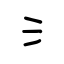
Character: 氵